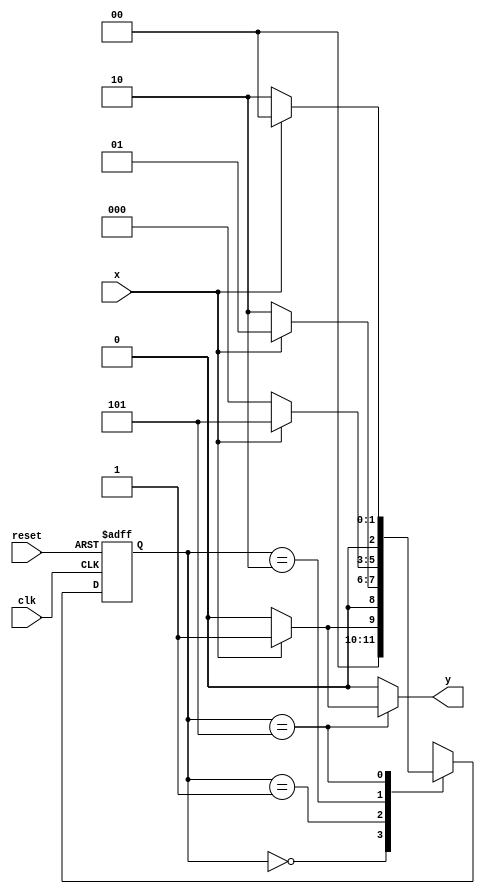
/*
 * Mealy_1011 - MEALY-SEM_INTERCESAO
 * Nome Gabriel Vargas Bento de Souza
 */

/*
 -----------------
 --- Mealy FSM ---
 -----------------
*/

// constant definitions
`define found    1
`define notfound 0

// FSM by Mealy
module mealy_1011_semIntersecao ( y, x, clk, reset );
   output y;
   input  x;
   input  clk;
   input  reset;

   reg    y;

   parameter          // state identifiers
     start = 3'b000,
     id1   = 3'b001,
     id10  = 3'b010,
     id101 = 3'b101;

     reg [2:0] E1;    // current state variables
     reg [2:0] E2;    // next state logic output
     
   // next state logic
   always @( x or E1 )
     begin
        y = `notfound;
        case ( E1 )
          start:
            if ( x )
              E2 = id1;
            else
              E2 = start;
          id1:
            if ( x )
              E2 = id1;
            else
              E2 = id10;
          id10:
            if ( x )
              E2 = id101;
            else
              E2 = start;
          id101:
            if ( x )
              begin
                E2 = start;
                y  = `found;
              end
            else
              begin
                E2 = id10;
                y  = `notfound;
              end

          default:     // undefined state
            E2 = 3'bxxx;
        endcase
     end  // always at signal or state changing

   // state variables
   always @( posedge clk or negedge reset )
     begin
        if ( reset )
          E1 = E2;  // updates current state
        else
          E1 = 0;   // reset
     end // always at signal changing

endmodule // mealy_1011_semIntersecao